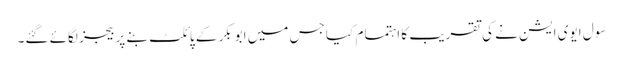
سول ایوی ایشن نے کی تقریب کا اہتمام کیا جس میں ابوبکر کے پائلٹ بنے پر بیجز لگائے گئے۔